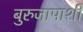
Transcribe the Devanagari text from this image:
बुरुजापाशी